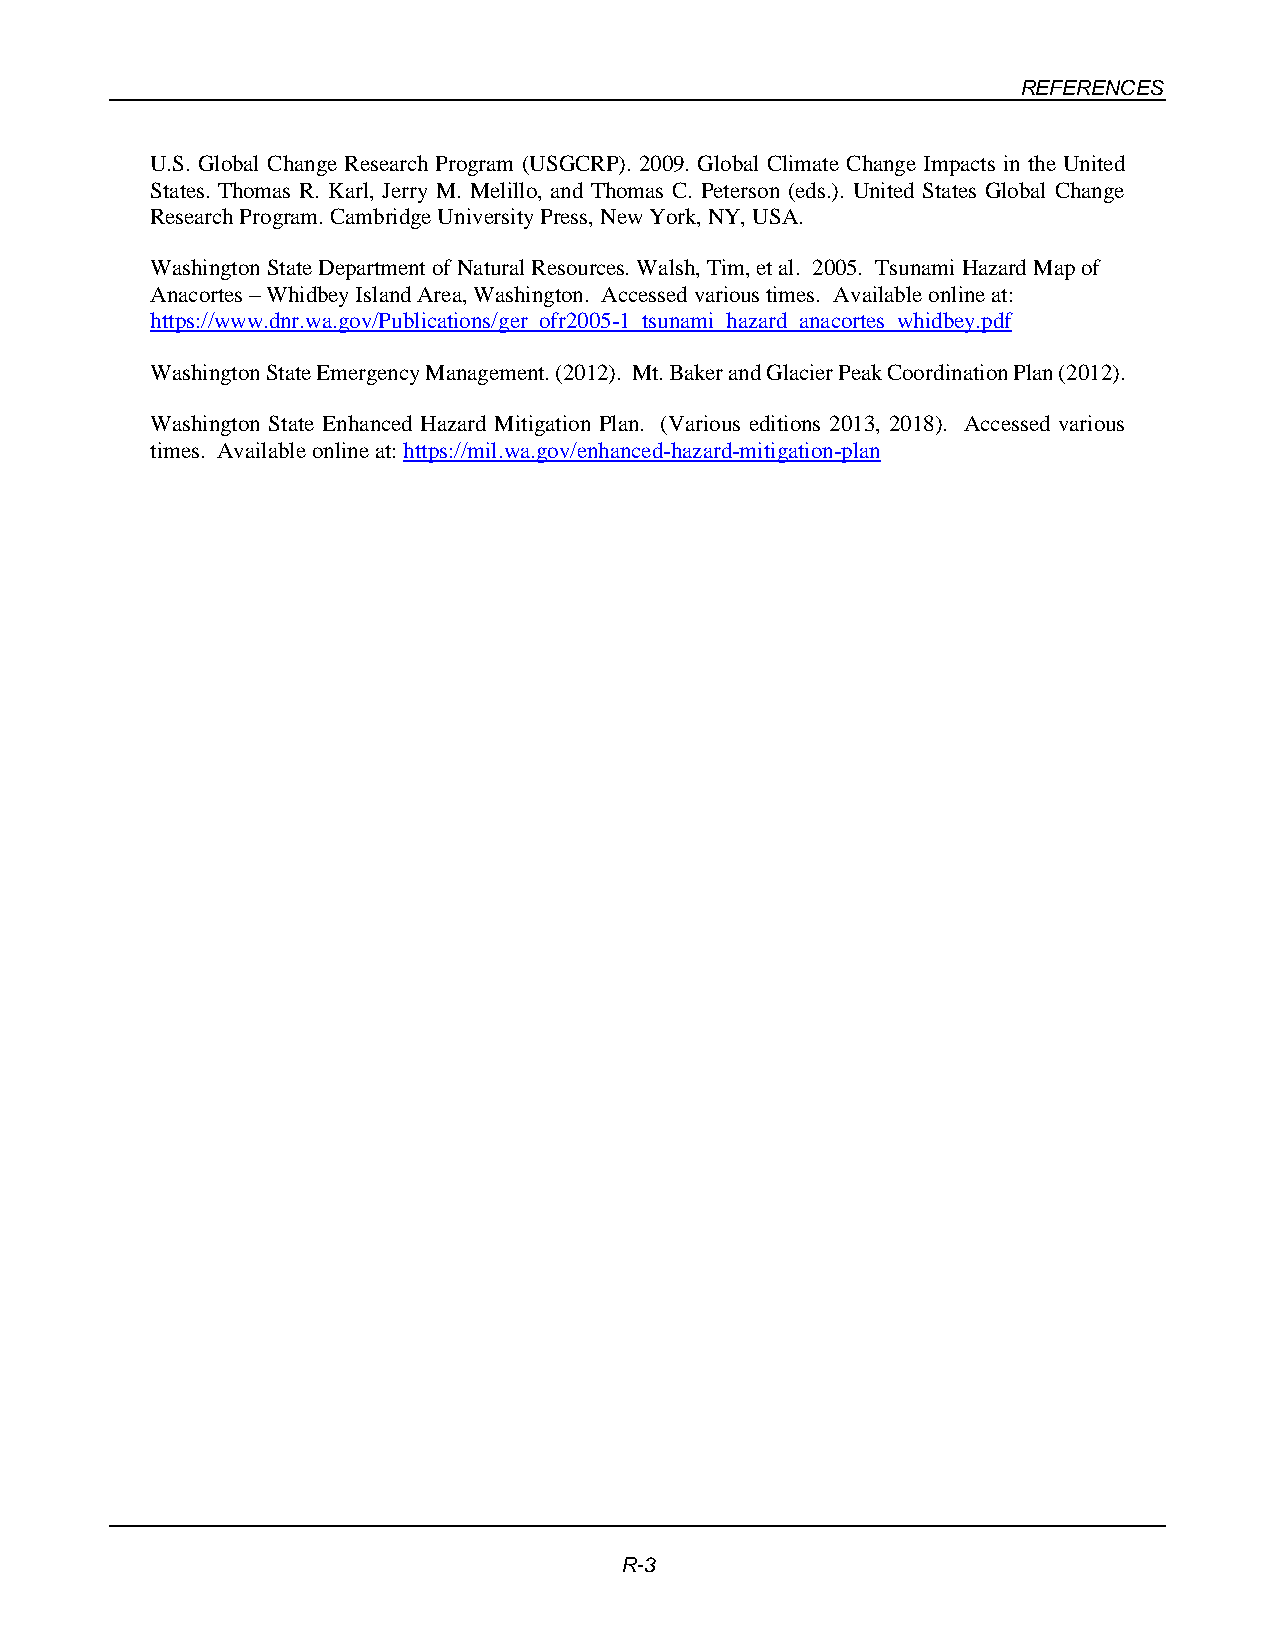
REFERENCES
 U.S. Global Change Research Program (USGCRP). 2009. Global Climate Change Impacts in the United
 States. Thomas R. Karl, Jerry M. Melillo, and Thomas C. Peterson (eds.). United States Global Change
 Research Program. Cambridge University Press, New York, NY, USA.
 Washington State Department of Natural Resources. Walsh, Tim, et al. 2005. Tsunami Hazard Map of
 Anacortes – Whidbey Island Area, Washington. Accessed various times. Available online at:
 https://www.dnr.wa.gov/Publications/ger_ofr2005-1_tsunami_hazard_anacortes_whidbey.pdf
 Washington State Emergency Management. (2012). Mt. Baker and Glacier Peak Coordination Plan (2012).
 Washington State Enhanced Hazard Mitigation Plan. (Various editions 2013, 2018). Accessed various
 times. Available online at: https://mil.wa.gov/enhanced-hazard-mitigation-plan
 R-3